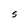
Character: S